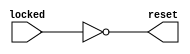
module altera_up_avalon_reset_from_locked_signal (
	locked,
	reset
);
input						locked;
output					reset;
assign reset	= ~locked;
endmodule